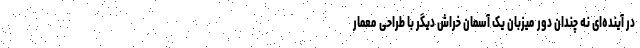
در آینده‌ای نه چندان دور میزبان یک آسمان خراش دیگر با طراحی معمار